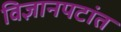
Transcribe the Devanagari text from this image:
विज्ञानपटांत